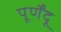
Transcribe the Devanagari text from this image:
पूर्णेंदू